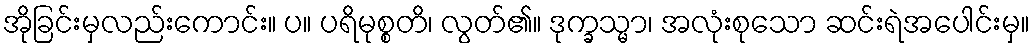
အိုခြင်းမှလည်းကောင်း။ ပ။ ပရိမုစ္စတိ၊ လွတ်၏။ ဒုက္ခသ္မာ၊ အလုံးစုသော ဆင်းရဲအပေါင်းမှ။